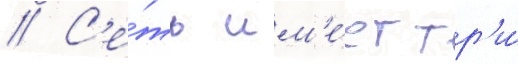
// С'е́ть им'е́ет тр'и́